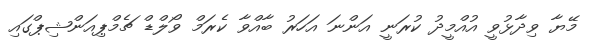
މޭޔާ ވިދާޅުވީ އުއްމީދު ކުރަނީ އަންނަ އަހަރު ބާއްވާ ކެރަމް ވޯލްޑް ޗެމްޕިއަންޝިޕްގައި